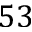
5 3